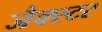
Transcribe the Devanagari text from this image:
जैक्स्टर